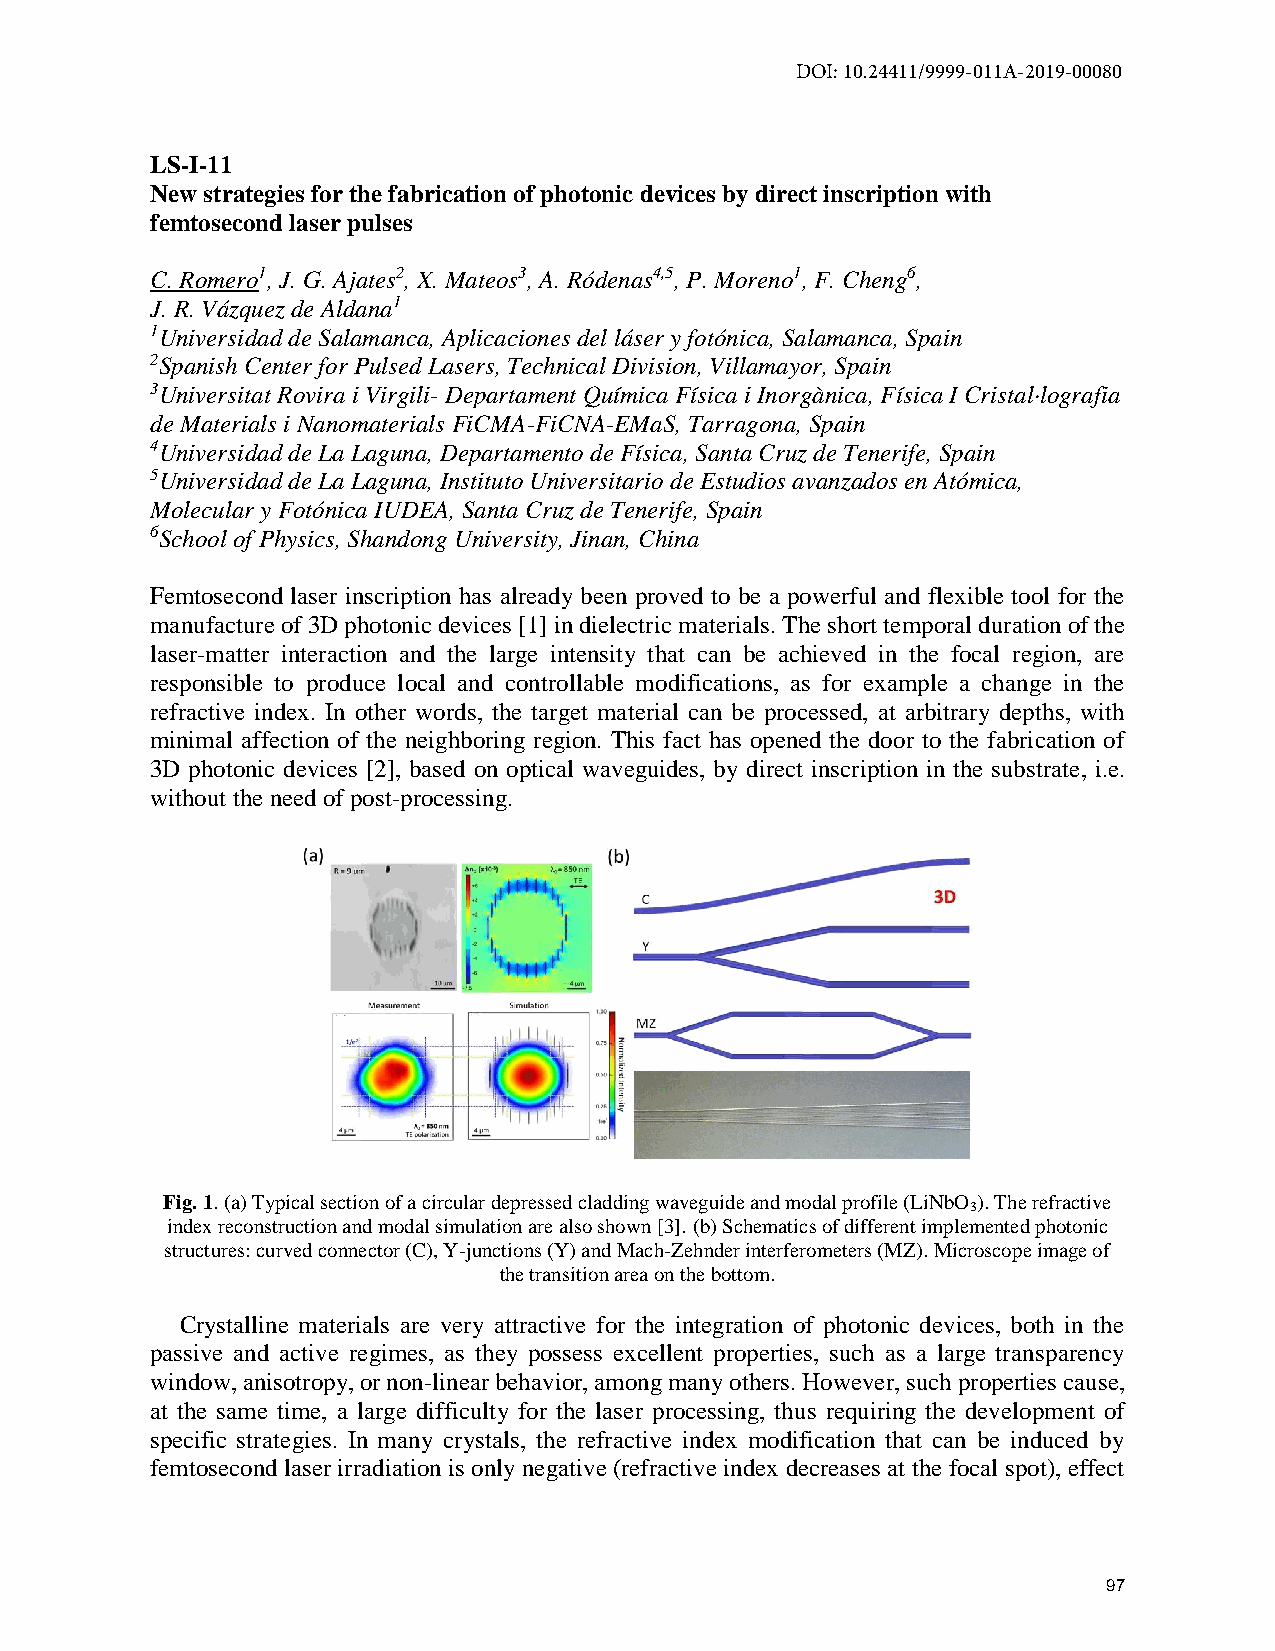
DOI: 10.24411/9999-011A-2019-00080
 LS-I-11
 New strategies for the fabrication of photonic devices by direct inscription with
 femtosecond laser pulses
 C. Romero1, J. G. Ajates2, X. Mateos3, A. Ródenas4,5, P. Moreno1, F. Cheng6,
 J. R. Vázquez de Aldana1
 1Universidad de Salamanca, Aplicaciones del láser y fotónica, Salamanca, Spain
 2Spanish Center for Pulsed Lasers, Technical Division, Villamayor, Spain
 3Universitat Rovira i Virgili- Departament Química Física i Inorgànica, Física I Cristal·lografia
 de Materials i Nanomaterials FiCMA-FiCNA-EMaS, Tarragona, Spain
 4Universidad de La Laguna, Departamento de Física, Santa Cruz de Tenerife, Spain
 5Universidad de La Laguna, Instituto Universitario de Estudios avanzados en Atómica,
 Molecular y Fotónica IUDEA, Santa Cruz de Tenerife, Spain
 6School of Physics, Shandong University, Jinan, China
 Femtosecond laser inscription has already been proved to be a powerful and flexible tool for the
 manufacture of 3D photonic devices [1] in dielectric materials. The short temporal duration of the
 laser-matter interaction and the large intensity that can be achieved in the focal region, are
 responsible to produce local and controllable modifications, as for example a change in the
 refractive index. In other words, the target material can be processed, at arbitrary depths, with
 minimal affection of the neighboring region. This fact has opened the door to the fabrication of
 3D photonic devices [2], based on optical waveguides, by direct inscription in the substrate, i.e.
 without the need of post-processing.
 Fig. 1. (a) Typical section of a circular depressed cladding waveguide and modal profile (LiNbO ). The refractive
 3
 index reconstruction and modal simulation are also shown [3]. (b) Schematics of different implemented photonic
 structures: curved connector (C), Y-junctions (Y) and Mach-Zehnder interferometers (MZ). Microscope image of
 the transition area on the bottom.
 Crystalline materials are very attractive for the integration of photonic devices, both in the
 passive and active regimes, as they possess excellent properties, such as a large transparency
 window, anisotropy, or non-linear behavior, among many others. However, such properties cause,
 at the same time, a large difficulty for the laser processing, thus requiring the development of
 specific strategies. In many crystals, the refractive index modification that can be induced by
 femtosecond laser irradiation is only negative (refractive index decreases at the focal spot), effect
 97